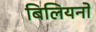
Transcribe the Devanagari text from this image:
बिलियनों